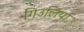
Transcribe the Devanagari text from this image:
गिउलिया